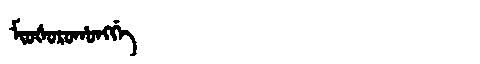
Manchu: ᠮᡳᠣᡧᠣᡵᠣᡥᠣᠩᡤᡝ
Romanization: MIOŠOROHONGGE